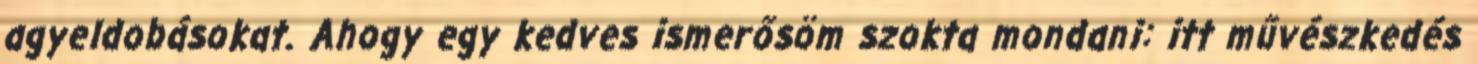
agyeldobásokat. Ahogy egy kedves ismerősöm szokta mondani: itt művészkedés